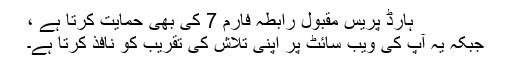
ہارڈ پریس مقبول رابطہ فارم 7 کی بھی حمایت کرتا ہے ،
جبکہ یہ آپ کی ویب سائٹ پر اپنی تلاش کی تقریب کو نافذ کرتا ہے۔